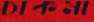
চাকমা